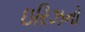
ઇરિઝનો